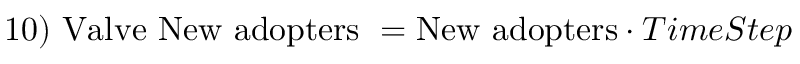
1 0 ) \ { \mathrm { V a l v e ~ N e w ~ a d o p t e r s } } \ = { \mathrm { N e w ~ a d o p t e r s } } \cdot T i m e S t e p